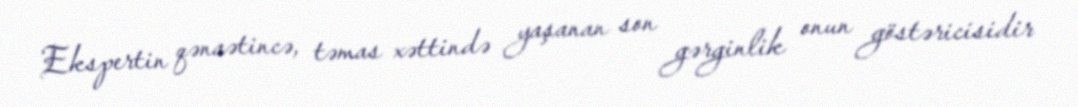
Ekspertin qənaətincə, təmas xəttində yaşanan son gərginlik onun göstəricisidir